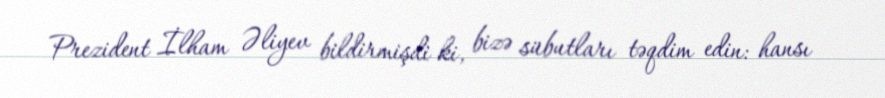
Prezident İlham Əliyev bildirmişdi ki, bizə sübutları təqdim edin: hansı